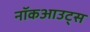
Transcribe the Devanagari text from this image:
नॉकआउट्स